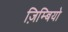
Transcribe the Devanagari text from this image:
ज़िम्बियो